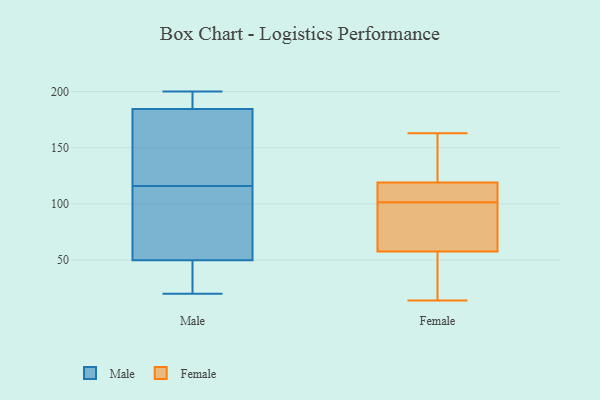
{"axis": {"x": "Operating Costs (USD K)", "y": "Value"}, "legend": ["Female", "Male"], "data": [{"x": "", "y": 78, "type": "Male"}, {"x": "", "y": 184, "type": "Male"}, {"x": "", "y": 154, "type": "Male"}, {"x": "", "y": 64, "type": "Male"}, {"x": "", "y": 136, "type": "Male"}, {"x": "", "y": 186, "type": "Male"}, {"x": "", "y": 40, "type": "Male"}, {"x": "", "y": 189, "type": "Male"}, {"x": "", "y": 38, "type": "Male"}, {"x": "", "y": 200, "type": "Male"}, {"x": "", "y": 116, "type": "Male"}, {"x": "", "y": 152, "type": "Male"}, {"x": "", "y": 49, "type": "Male"}, {"x": "", "y": 196, "type": "Male"}, {"x": "", "y": 20, "type": "Male"}, {"x": "", "y": 98, "type": "Male"}, {"x": "", "y": 50, "type": "Male"}, {"x": "", "y": 63, "type": "Female"}, {"x": "", "y": 49, "type": "Female"}, {"x": "", "y": 14, "type": "Female"}, {"x": "", "y": 111, "type": "Female"}, {"x": "", "y": 163, "type": "Female"}, {"x": "", "y": 78, "type": "Female"}, {"x": "", "y": 154, "type": "Female"}, {"x": "", "y": 101, "type": "Female"}, {"x": "", "y": 54, "type": "Female"}, {"x": "", "y": 104, "type": "Female"}, {"x": "", "y": 102, "type": "Female"}, {"x": "", "y": 39, "type": "Female"}, {"x": "", "y": 33, "type": "Female"}, {"x": "", "y": 121, "type": "Female"}, {"x": "", "y": 117, "type": "Female"}, {"x": "", "y": 144, "type": "Female"}, {"x": "", "y": 146, "type": "Female"}, {"x": "", "y": 61, "type": "Female"}, {"x": "", "y": 110, "type": "Female"}, {"x": "", "y": 78, "type": "Female"}]}